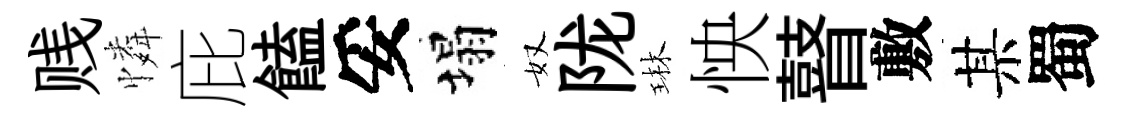
贱憐庇饁妥塌奴陇琳怏瞽敷某蜀